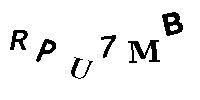
RPU7MB